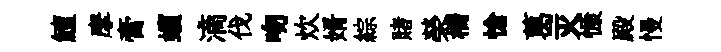
鱣摩膏蠙滴伐吻炊婿綜賭榮橋愴葛灭慷殿慢